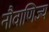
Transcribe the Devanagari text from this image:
नौवाणिज्य